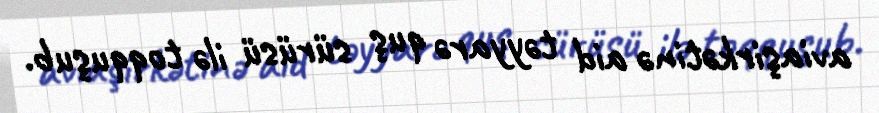
aviaşirkətinə aid təyyarə quş sürüsü ilə toqquşub.